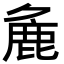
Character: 麁